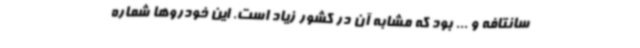
سانتافه و ... بود که مشابه آن در کشور زیاد است. این خودروها شماره